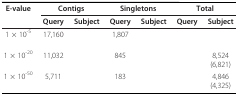
<table><thead><tr><td><b>E-value</b></td><td colspan="2"><b>Contigs</b></td><td colspan="2"><b>Singletons</b></td><td colspan="2"><b>Total</b></td></tr><tr><td>[EMPTY_CELL]</td><td><b>Query</b></td><td><b>Subject</b></td><td><b>Query</b></td><td><b>Subject</b></td><td><b>Query</b></td><td><b>Subject</b></td></tr></thead><tbody><tr><td>1 × 10<sup>-5</sup></td><td>17,160</td><td>[EMPTY_CELL]</td><td>1,807</td><td>[EMPTY_CELL]</td><td>[EMPTY_CELL]</td><td>[EMPTY_CELL]</td></tr><tr><td>1 × 10<sup>-20</sup></td><td>11,032</td><td>[EMPTY_CELL]</td><td>845</td><td>[EMPTY_CELL]</td><td>[EMPTY_CELL]</td><td>8,524(6,821)</td></tr><tr><td>1 × 10<sup>-50</sup></td><td>5,711</td><td>[EMPTY_CELL]</td><td>183</td><td>[EMPTY_CELL]</td><td>[EMPTY_CELL]</td><td>4,846(4,325)</td></tr></tbody></table>